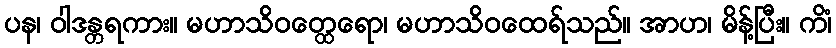
ပန၊ ဝါဒန္တရကား။ မဟာသိဝတ္ထေရော၊ မဟာသိဝထေရ်သည်။ အာဟ၊ မိန့်ပြီး။ ကိံ၊